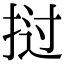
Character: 挝